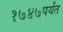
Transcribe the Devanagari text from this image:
१७४७पर्यंत